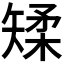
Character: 𪿌